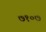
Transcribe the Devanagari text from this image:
७१०७